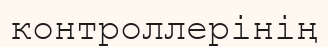
контроллерінің